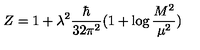
Z = 1 + \lambda ^ { 2 } \frac { \hbar } { 3 2 \pi ^ { 2 } } ( 1 + \log \frac { M ^ { 2 } } { \mu ^ { 2 } } )